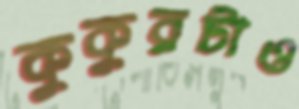
কুকুরটাও